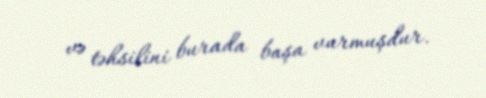
və təhsilini burada başa vurmuşdur.